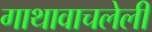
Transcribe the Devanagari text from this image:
गाथावाचलेली